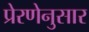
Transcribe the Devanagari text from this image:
प्रेरणेनुसार